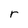
Character: r